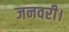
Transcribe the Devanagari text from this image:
जनवरी।